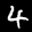
Label: 4